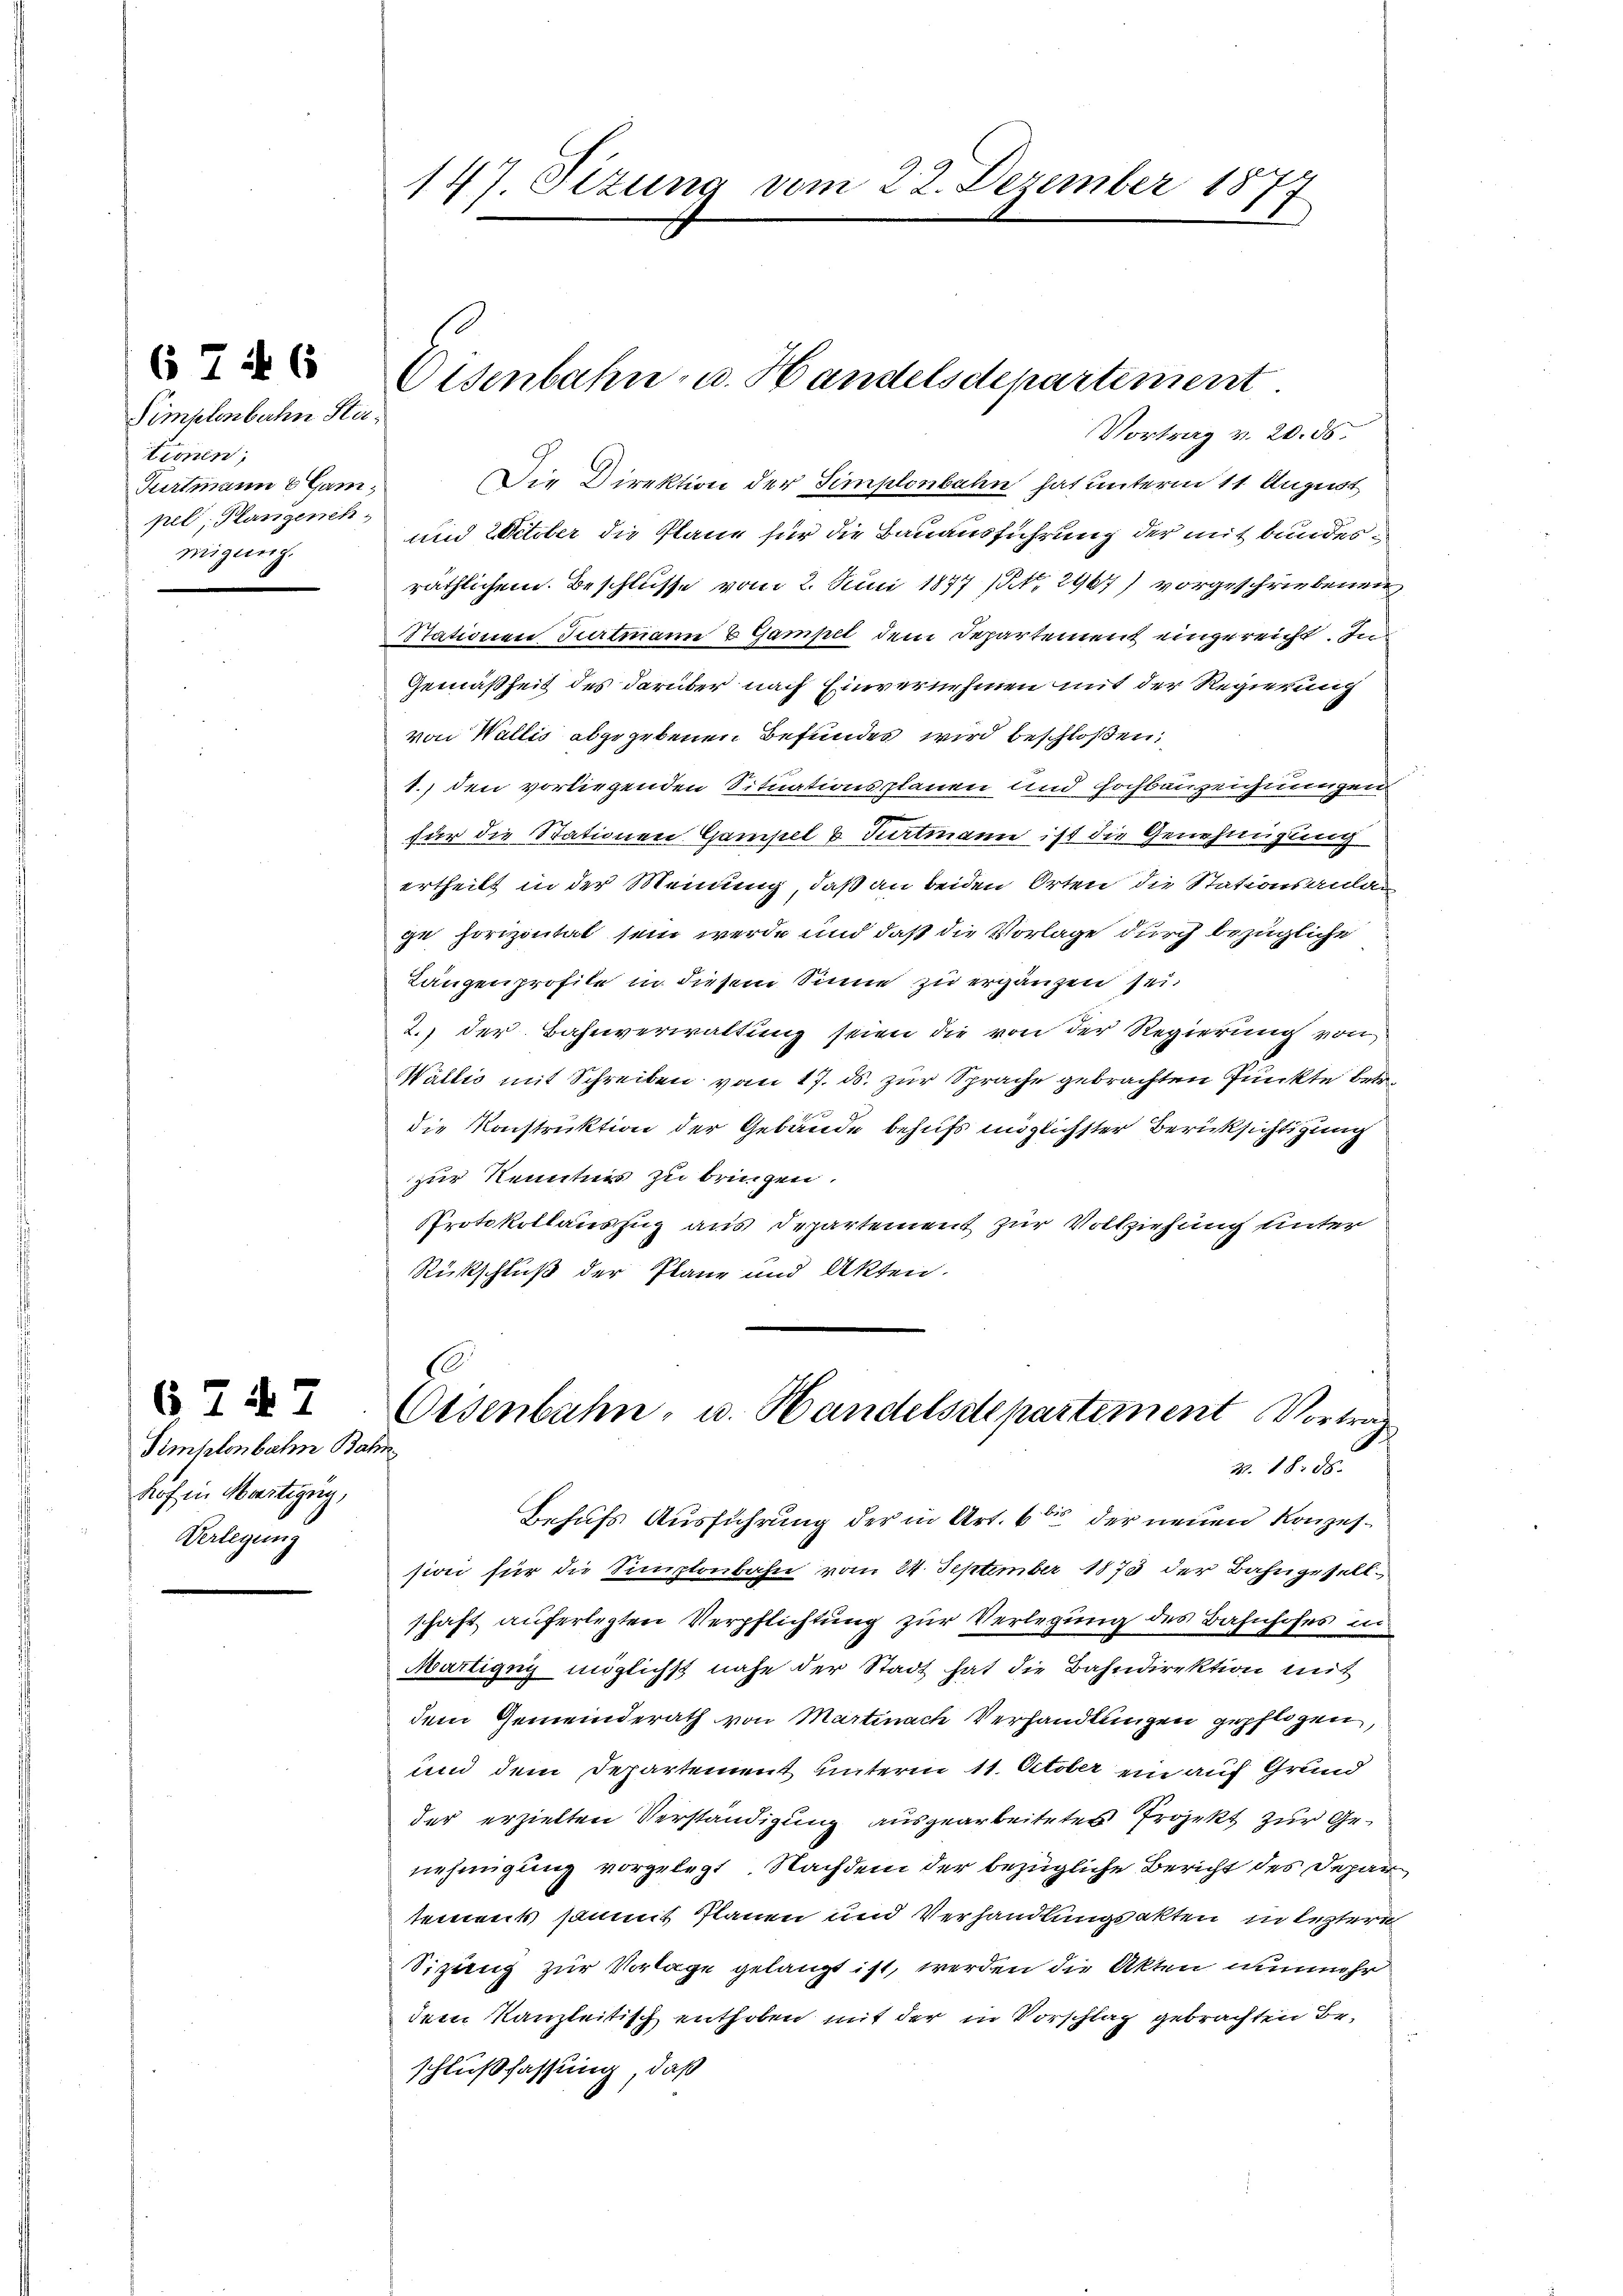
Simplenbahn Sta
tionen,
Purtmann & Gampel, Plangeneh
migung.

67: 6

6747
Simplenbahn Bahn
hof in Martigung,
Verlegung

147. Sizung vom 22. Dezember 1877

Eisenbahn- u. Handelsdepartement.

Vortrag v. 20. ds.
Die Direktion der Simplonbahn hat unterm 11. August
und 2 October die Pläne für die Bauausführung der mit bundesräthlichem Beschlüsse vom 2. Juni 1877 (Nr. 2967) vorgeschriebenen
Stationen Surtmann Gampel dem Departement eingereicht. Im
Gemäßheit des darüber nach Einvernehmen mit der Regierung
von Wallis abgegebenen Befundes wird beschloßen:
1.) den vorliegenden Situationsplanen und Hochbauzeichnungen
für die Stationen Gampel & Turtmann ist die Genehmigung
ertheilt in der Meinung, daß an beiden Orten die Stationsanlan
ge horizontal sein werde und daß die Vorlage durch bezügliche
Längen profile in diesem Sinne zu ergänzen sei.
2.) der Bahnverwaltung seien die von der Regierung von
Wallis mit Schreiben vom 17. ds. zur Sprache gebrachten Punkte betr
die Konstruktion der Gebäude behufs möglichster Berücksichtigung
zur Kenntnis zu bringen.
Protokollauszug aus Departement zur Vollziehung unter
Rückschluß der Plane und Akten.
10
Osenbahn- u. Handelsstepartement Vorträg
3. 1888.
Behufs Ausführung der in Art. 6 der neuen Konzession für die Simplonbahn vom 24. September 1873 der Bahngesellschaft auferlegten Verpflichtung zur Verlegung des Bahnhofes in
Märtigny möglichst nahe der Stadt hat die Bahndirektion mit
dem Gemeinderath von Martinach Verhandlungen gepflogen,
und dem Departement unterm 11. October ein auf Grund
der erzielten Verständigung ausgearbeitetes Projekt zur Genehmigung vorgelegt. Nachdem der bezügliche Bericht des Depar
tement sommt Planen und Verhandlungsakten in leztere
Sitzung zur Vorlage gelangt ist, werden die Akten unmehr
dem Kanzleitisch enthoben mit der in Vorschlag gebrachten Be-
schlußfassung, daß